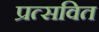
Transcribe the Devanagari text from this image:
प्रत्सवित